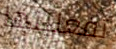
تفعلينها